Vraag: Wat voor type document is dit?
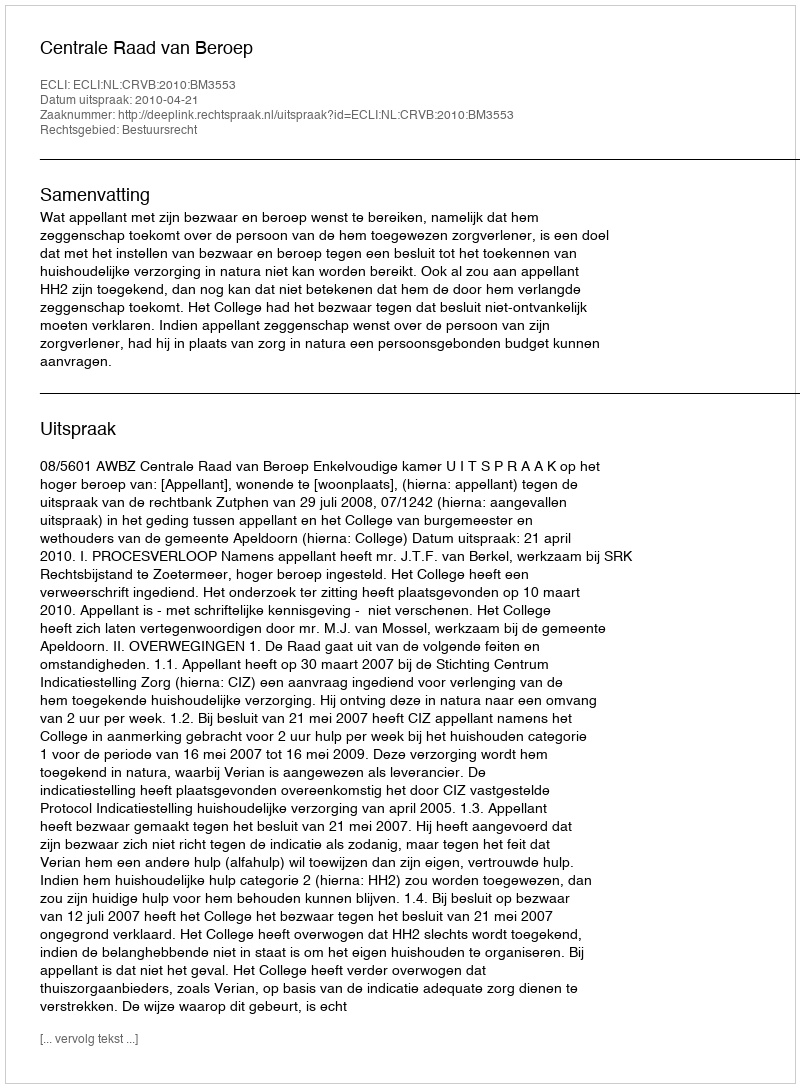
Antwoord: Uitspraak